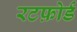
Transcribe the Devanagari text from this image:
रटफ़ोर्ड